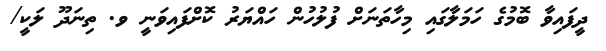
ދީފައިވާ ބޮމުގެ ހަމަލާގައި މިހާތަނަށް ފުލުހުން ހައްޔަރު ކޮށްފައިވަނީ ވ. ތިނަދޫ ލަކީ/